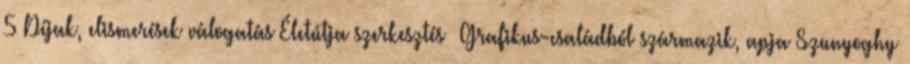
5 Díjak, elismerések válogatás Életútja szerkesztés Grafikus-családból származik, apja Szunyoghy